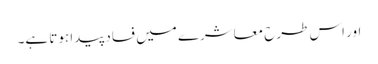
اور اس طرح معاشرے میں فساد پیدا ہوتا ہے۔